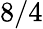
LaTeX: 8/4